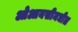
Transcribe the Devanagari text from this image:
ओआयसीमधील